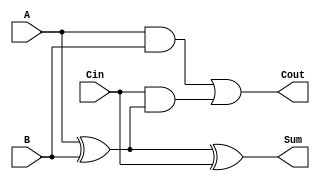
module LowPowerFullAdder (
    input wire A,      // First input bit
    input wire B,      // Second input bit
    input wire Cin,    // Carry-in bit
    output wire Sum,   // Sum output
    output wire Cout   // Carry-out output
);

// Intermediate signals
wire AxorB; // A XOR B

// Logic for Sum and Cout
assign AxorB = A ^ B;          // A XOR B
assign Sum = AxorB ^ Cin;      // Sum = (A XOR B) XOR Cin
assign Cout = (A & B) | (Cin & AxorB); // Cout = (A AND B) OR (Cin AND (A XOR B))

endmodule